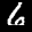
Label: 6